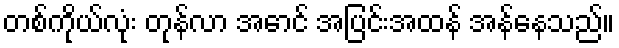
တစ်ကိုယ်လုံး တုန်လာ အောင် အပြင်းအထန် အန်နေသည်။